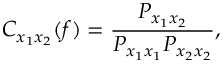
C _ { x _ { 1 } x _ { 2 } } ( f ) = \frac { P _ { x _ { 1 } x _ { 2 } } } { P _ { x _ { 1 } x _ { 1 } } P _ { x _ { 2 } x _ { 2 } } } ,